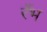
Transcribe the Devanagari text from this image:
रँभ